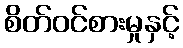
စိတ်ဝင်စားမှုနှင့်